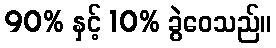
90% နှင့် 10% ခွဲဝေသည်။